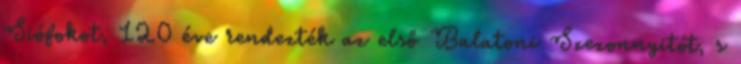
Siófokot, 120 éve rendezték az első Balatoni Szezonnyitót, s